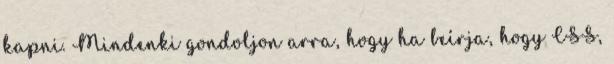
kapni. Mindenki gondoljon arra, hogy ha beírja, hogy CSS,